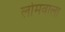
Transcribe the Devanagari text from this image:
लोमवाला